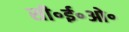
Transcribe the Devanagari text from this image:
सी॰ई॰ओ॰